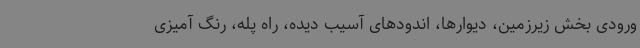
ورودی بخش زیرزمین، دیوارها، اندودهای آسیب دیده، راه پله، رنگ آمیزی